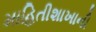
માહિતીશાખાની